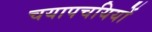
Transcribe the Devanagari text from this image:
चयापचयियों